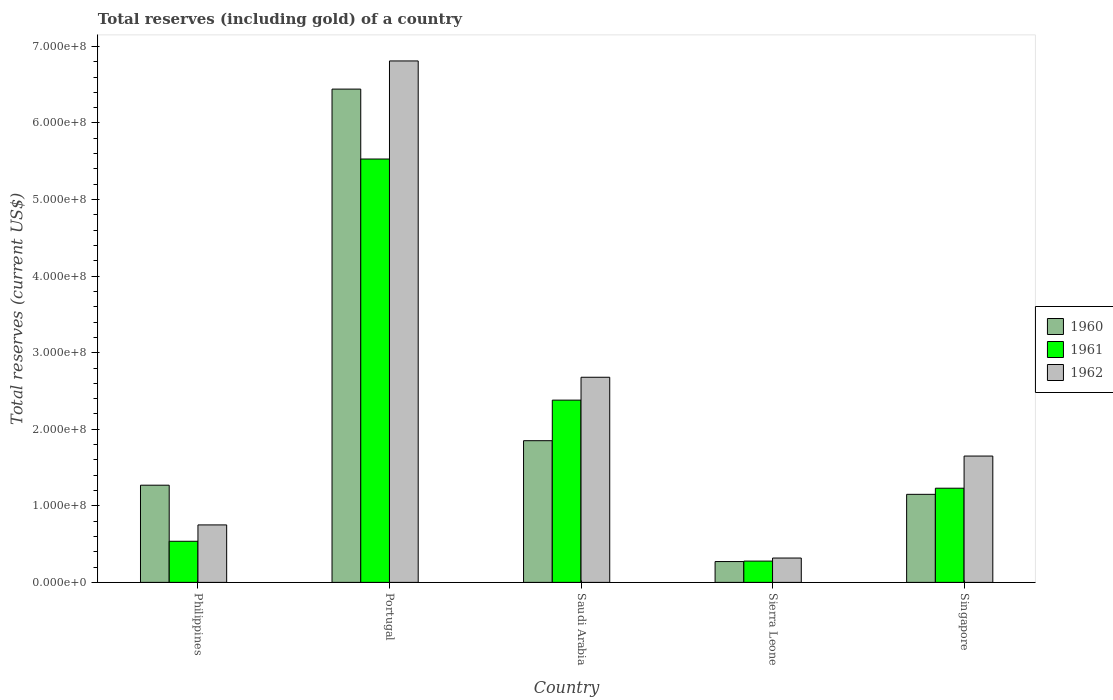
| Country | 1960 | 1961 | 1962 |
 | --- | --- | --- | --- |
 | Philippines | 1.27e+08 | 5.37e+07 | 7.51e+07 |
 | Portugal | 6.44e+08 | 5.53e+08 | 6.81e+08 |
 | Saudi Arabia | 1.85e+08 | 2.38e+08 | 2.68e+08 |
 | Sierra Leone | 2.72e+07 | 2.78e+07 | 3.18e+07 |
 | Singapore | 1.15e+08 | 1.23e+08 | 1.65e+08 |